Vaccination North-Western Provinces and Oudh 1878-1895 - 1878-1895
Year: 1878
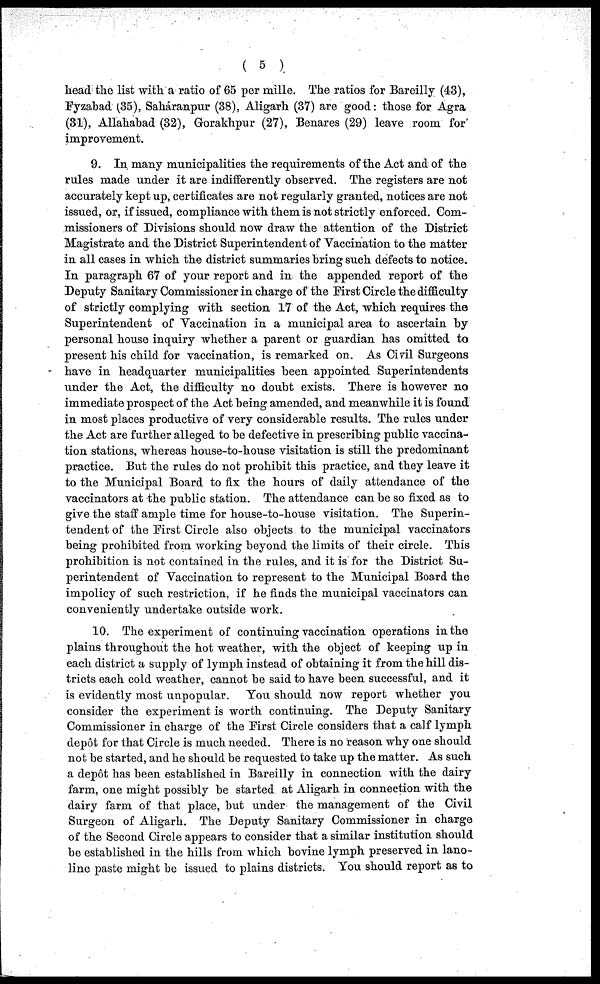
( 5 )
head the list with a ratio of 65 per mille. The ratios for Bareilly (43),
Fyzabad (35), Saháranpur (38), Aligarh (37) are good: those for Agra
(31), Allahabad (32), Gorakhpur (27), Benares (29) leave room for
improvement.
9. In many municipalities the requirements of the Act and of the
rules made under it are indifferently observed. The registers are not
accurately kept up, certificates are not regularly granted, notices are not
issued, or, if issued, compliance with them is not strictly enforced. Com-
missioners of Divisions should now draw the attention of the District
Magistrate and the District Superintendent of Vaccination to the matter
in all cases in which the district summaries bring such defects to notice.
In paragraph 67 of your report and in the appended report of the
Deputy Sanitary Commissioner in charge of the First Circle the difficulty
of strictly complying with section 17 of the Act, which requires the
Superintendent of Vaccination in a municipal area to ascertain by
personal house inquiry whether a parent or guardian has omitted to
present his child for vaccination, is remarked on. As Civil Surgeons
have in headquarter municipalities been appointed Superintendents
under the Act, the difficulty no doubt exists. There is however no
immediate prospect of the Act being amended, and meanwhile it is found
in most places productive of very considerable results. The rules under
the Act are further alleged to be defective in prescribing public vaccina-
tion stations, whereas house-to-house visitation is still the predominant
practice. But the rules do not prohibit this practice, and they leave it
to the Municipal Board to fix the hours of daily attendance of the
vaccinators at the public station. The attendance can be so fixed as to
give the staff ample time for house-to-house visitation. The Superin-
tendent of the First Circle also objects to the municipal vaccinators
being prohibited from working beyond the limits of their circle. This
prohibition is not contained in the rules, and it is for the District Su-
perintendent of Vaccination to represent to the Municipal Board the
impolicy of such restriction, if he finds the municipal vaccinators can
conveniently undertake outside work.
10. The experiment of continuing vaccination operations in the
plains throughout the hot weather, with the object of keeping up in
each district a supply of lymph instead of obtaining it from the hill dis-
tricts each cold weather, cannot be said to have been successful, and it
is evidently most unpopular. You should now report whether you
consider the experiment is worth continuing. The Deputy Sanitary
Commissioner in charge of the First Circle considers that a calf lymph
depôt for that Circle is much needed. There is no reason why one should
not be started, and he should be requested to take up the matter. As such
a depôt has been established in Bareilly in connection with the dairy
farm, one might possibly be started at Aligarh in connection with the
dairy farm of that place, but under the management of the Civil
Surgeon of Aligarh. The Deputy Sanitary Commissioner in charge
of the Second Circle appears to consider that a similar institution should
be established in the hills from which bovine lymph preserved in lano¬
line paste might be issued to plains districts. You should report as to